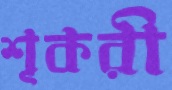
শূকরী